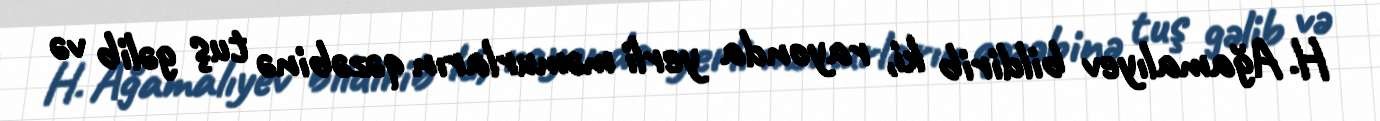
H. Ağamalıyev bildirib ki, rayonda yerli məmurların qəzəbinə tuş gəlib və